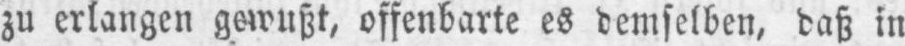
zu erlangen gewußt, offenbarte es demselben, daß in